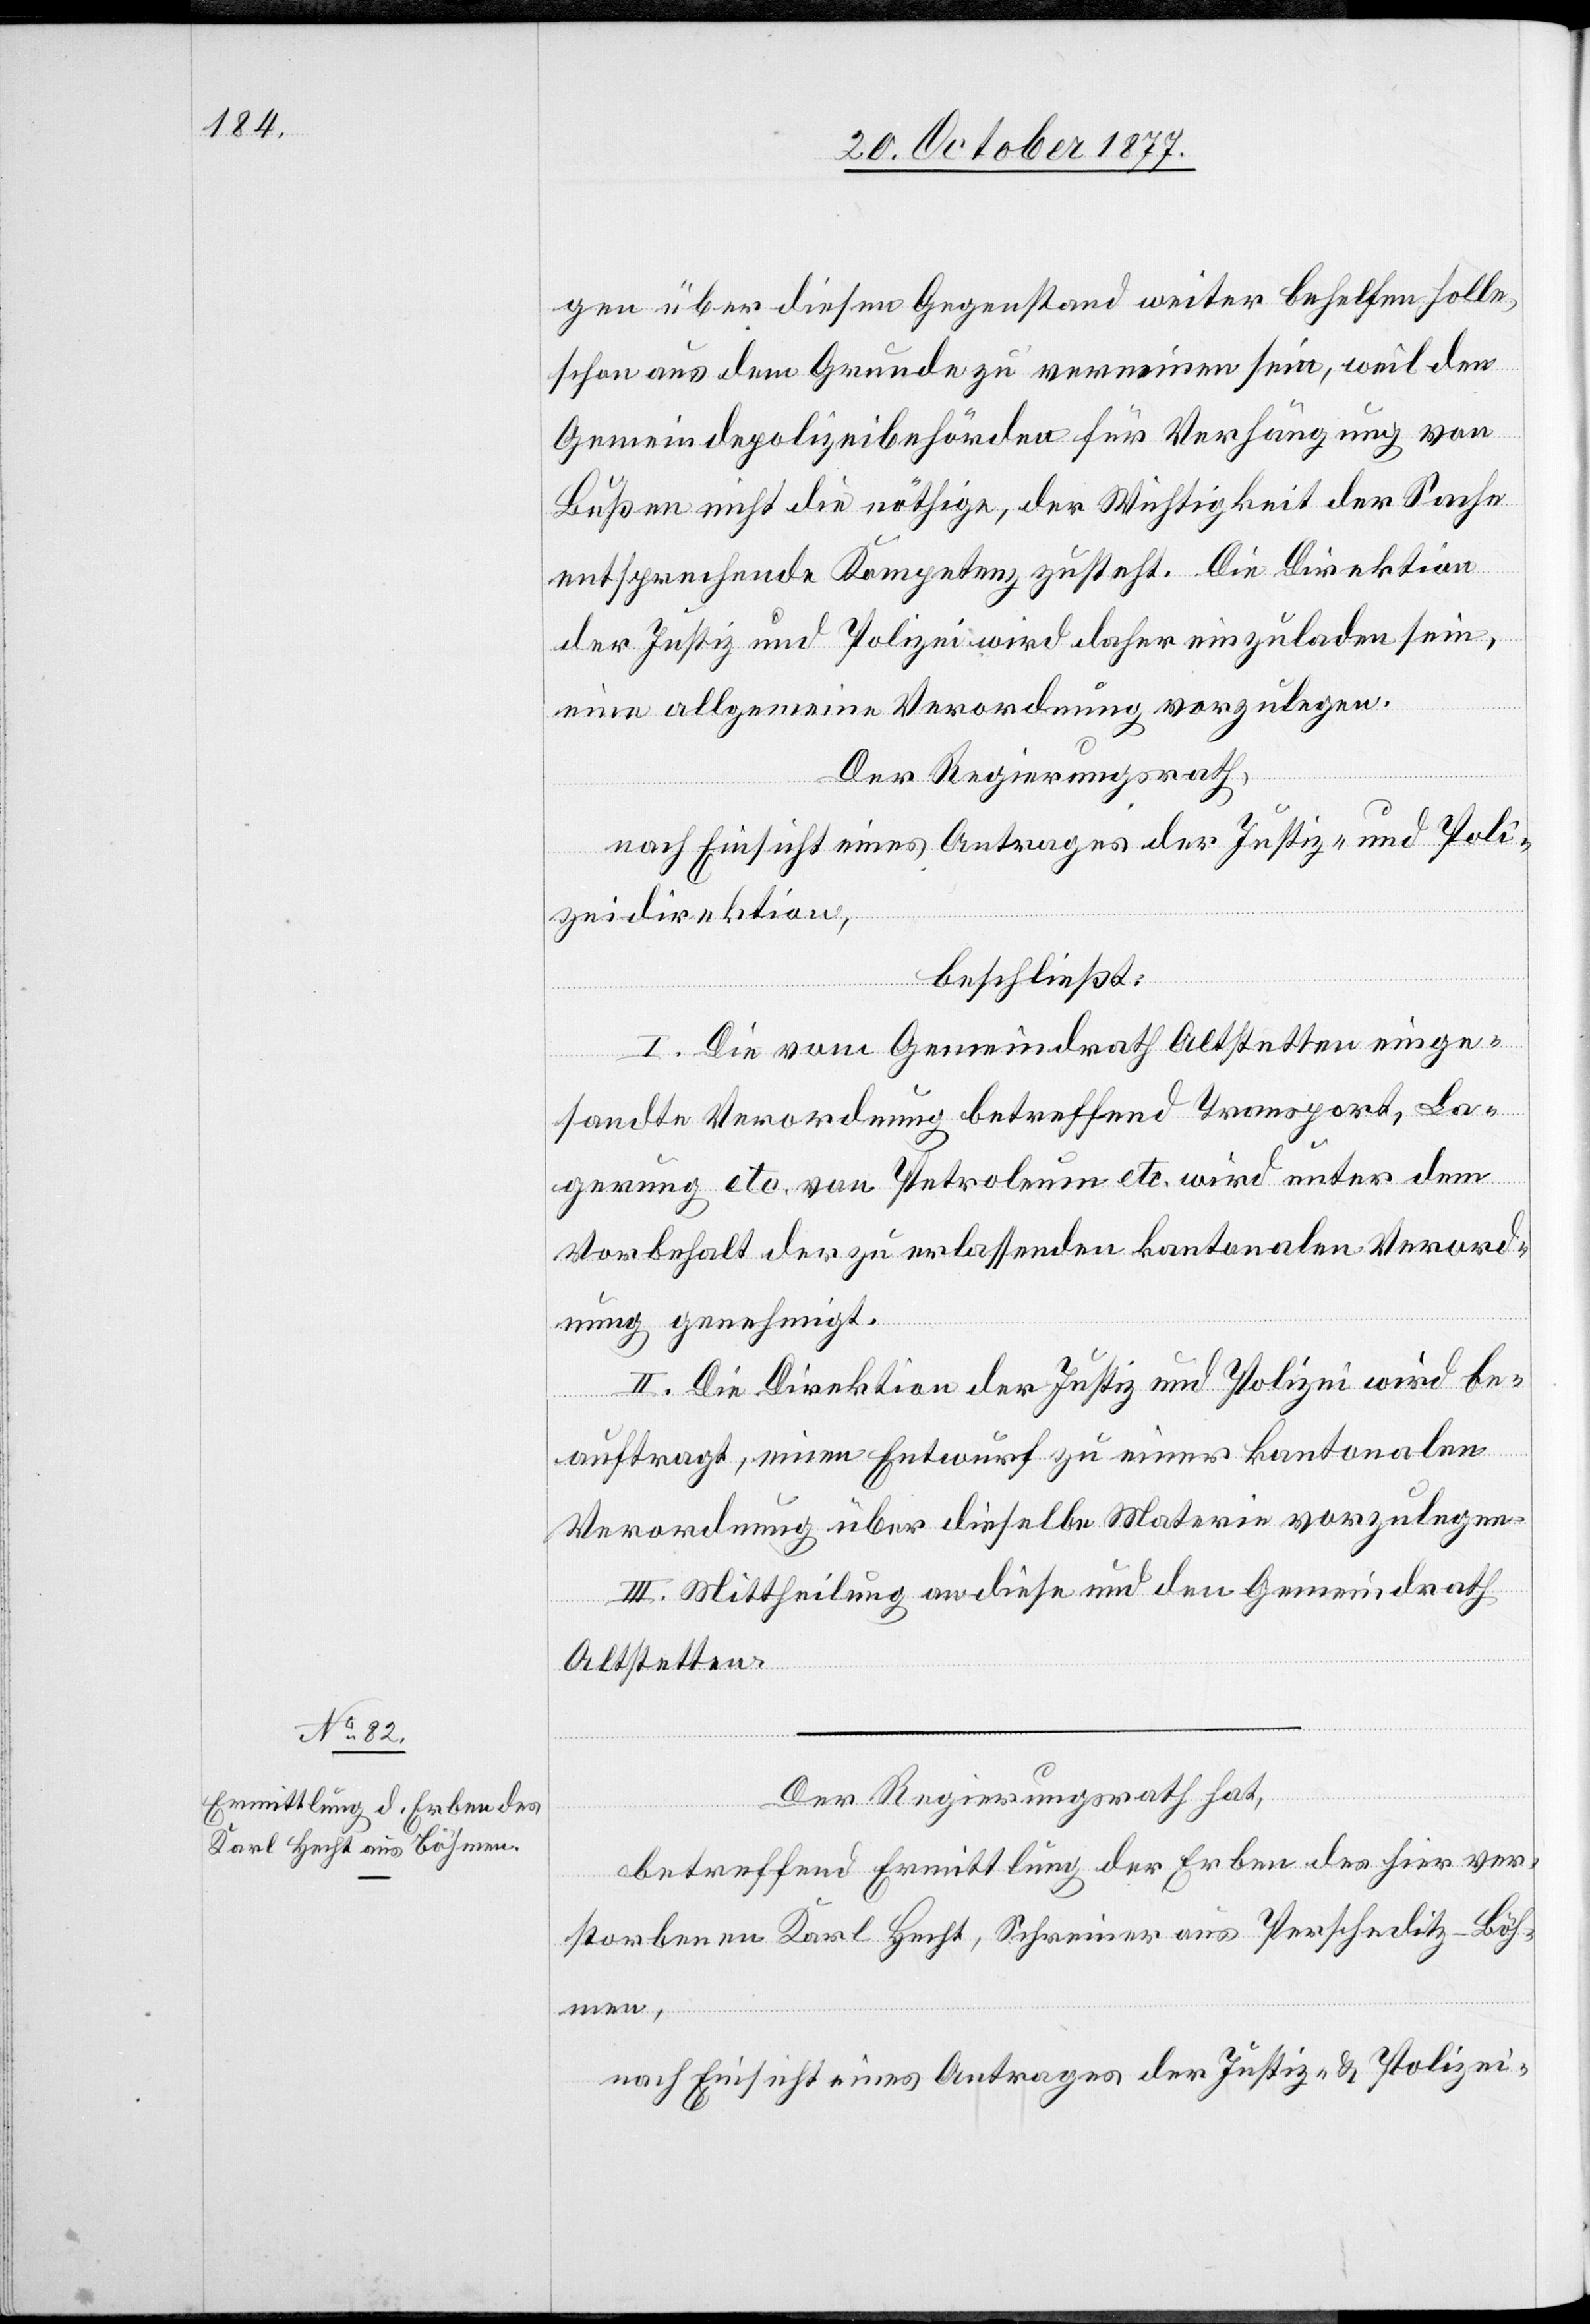
gen über diesen Gegenstand weiter behelfen solle,
schon aus dem Grunde zu verneinen sein, weil den
Gemeindepolizeibehörden für Verhängung von
Bußen nicht die nöthige, der Wichtigkeit der Sache
entsprechende Kompetenz zusteht. Die Direktion
der Justiz und Polizei wird daher einzuladen sein,
eine allgemeine Verordnung vorzulegen.
Der Regierungsrath,
nach Einsicht eines Antrages der Justiz- und Poli¬
zeidirektion,
beschließt:
I. Die vom Gemeindrath Altstetten einge¬
sandte Verordnung betreffend Transport, La¬
gerung etc. von Petroleum etc. wird unter dem
Vorbehalt der zu erlassenden kantonalen Verord¬
nung genehmigt.
II. Die Direktion der Justiz und Polizei wird be¬
auftragt, einen Entwurf zu einer kantonalen
Verordnung über dieselbe Materie vorzulegen.
III. Mittheilung an diese und den Gemeindrath
Altstetten.
Der Regierungsrath hat,
betreffend Ermittlung der Erben des hier ver¬
storbenen Karl Hecht, Schreiner aus Perscheditz - Böh¬
men,
nach Einsicht eines Antrages der Justiz- & Polizei-